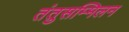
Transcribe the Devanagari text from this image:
तंतुसम्मिलन